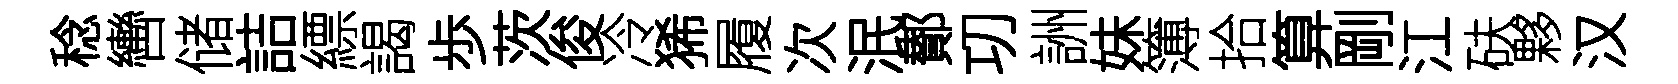
稔轡储詰縹謁歩茨俊冷狶履次泯鄼㓛詶妹簿拾算剛江砆夥汉